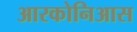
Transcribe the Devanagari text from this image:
आरकोनिआस